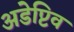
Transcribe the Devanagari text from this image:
अडेप्टिव